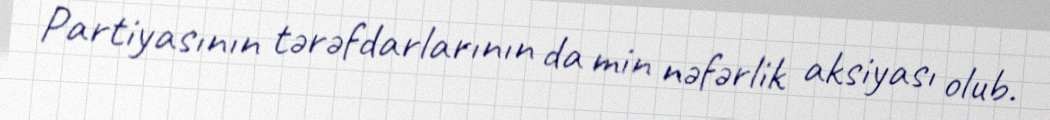
Partiyasının tərəfdarlarının da min nəfərlik aksiyası olub.